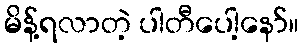
မိန့်ရလာတဲ့ ပါတီပေါ့နော်။